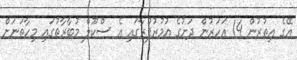
އޭގެ އިތުރުން 14 އަހަރުން ދަށުގެ އުމުރުފުރާގައި އެ ސްކޫލް މުބާރާތުގައި މިހާތަނަށް